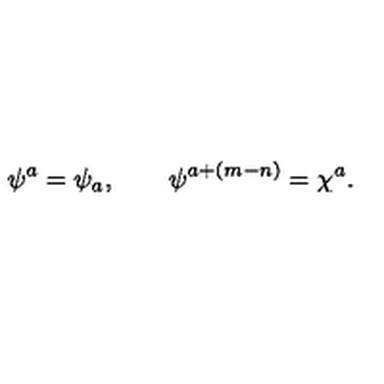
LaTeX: \psi ^ { a } = \psi _ { a } , \qquad \psi ^ { a + ( m - n ) } = \chi ^ { a } .